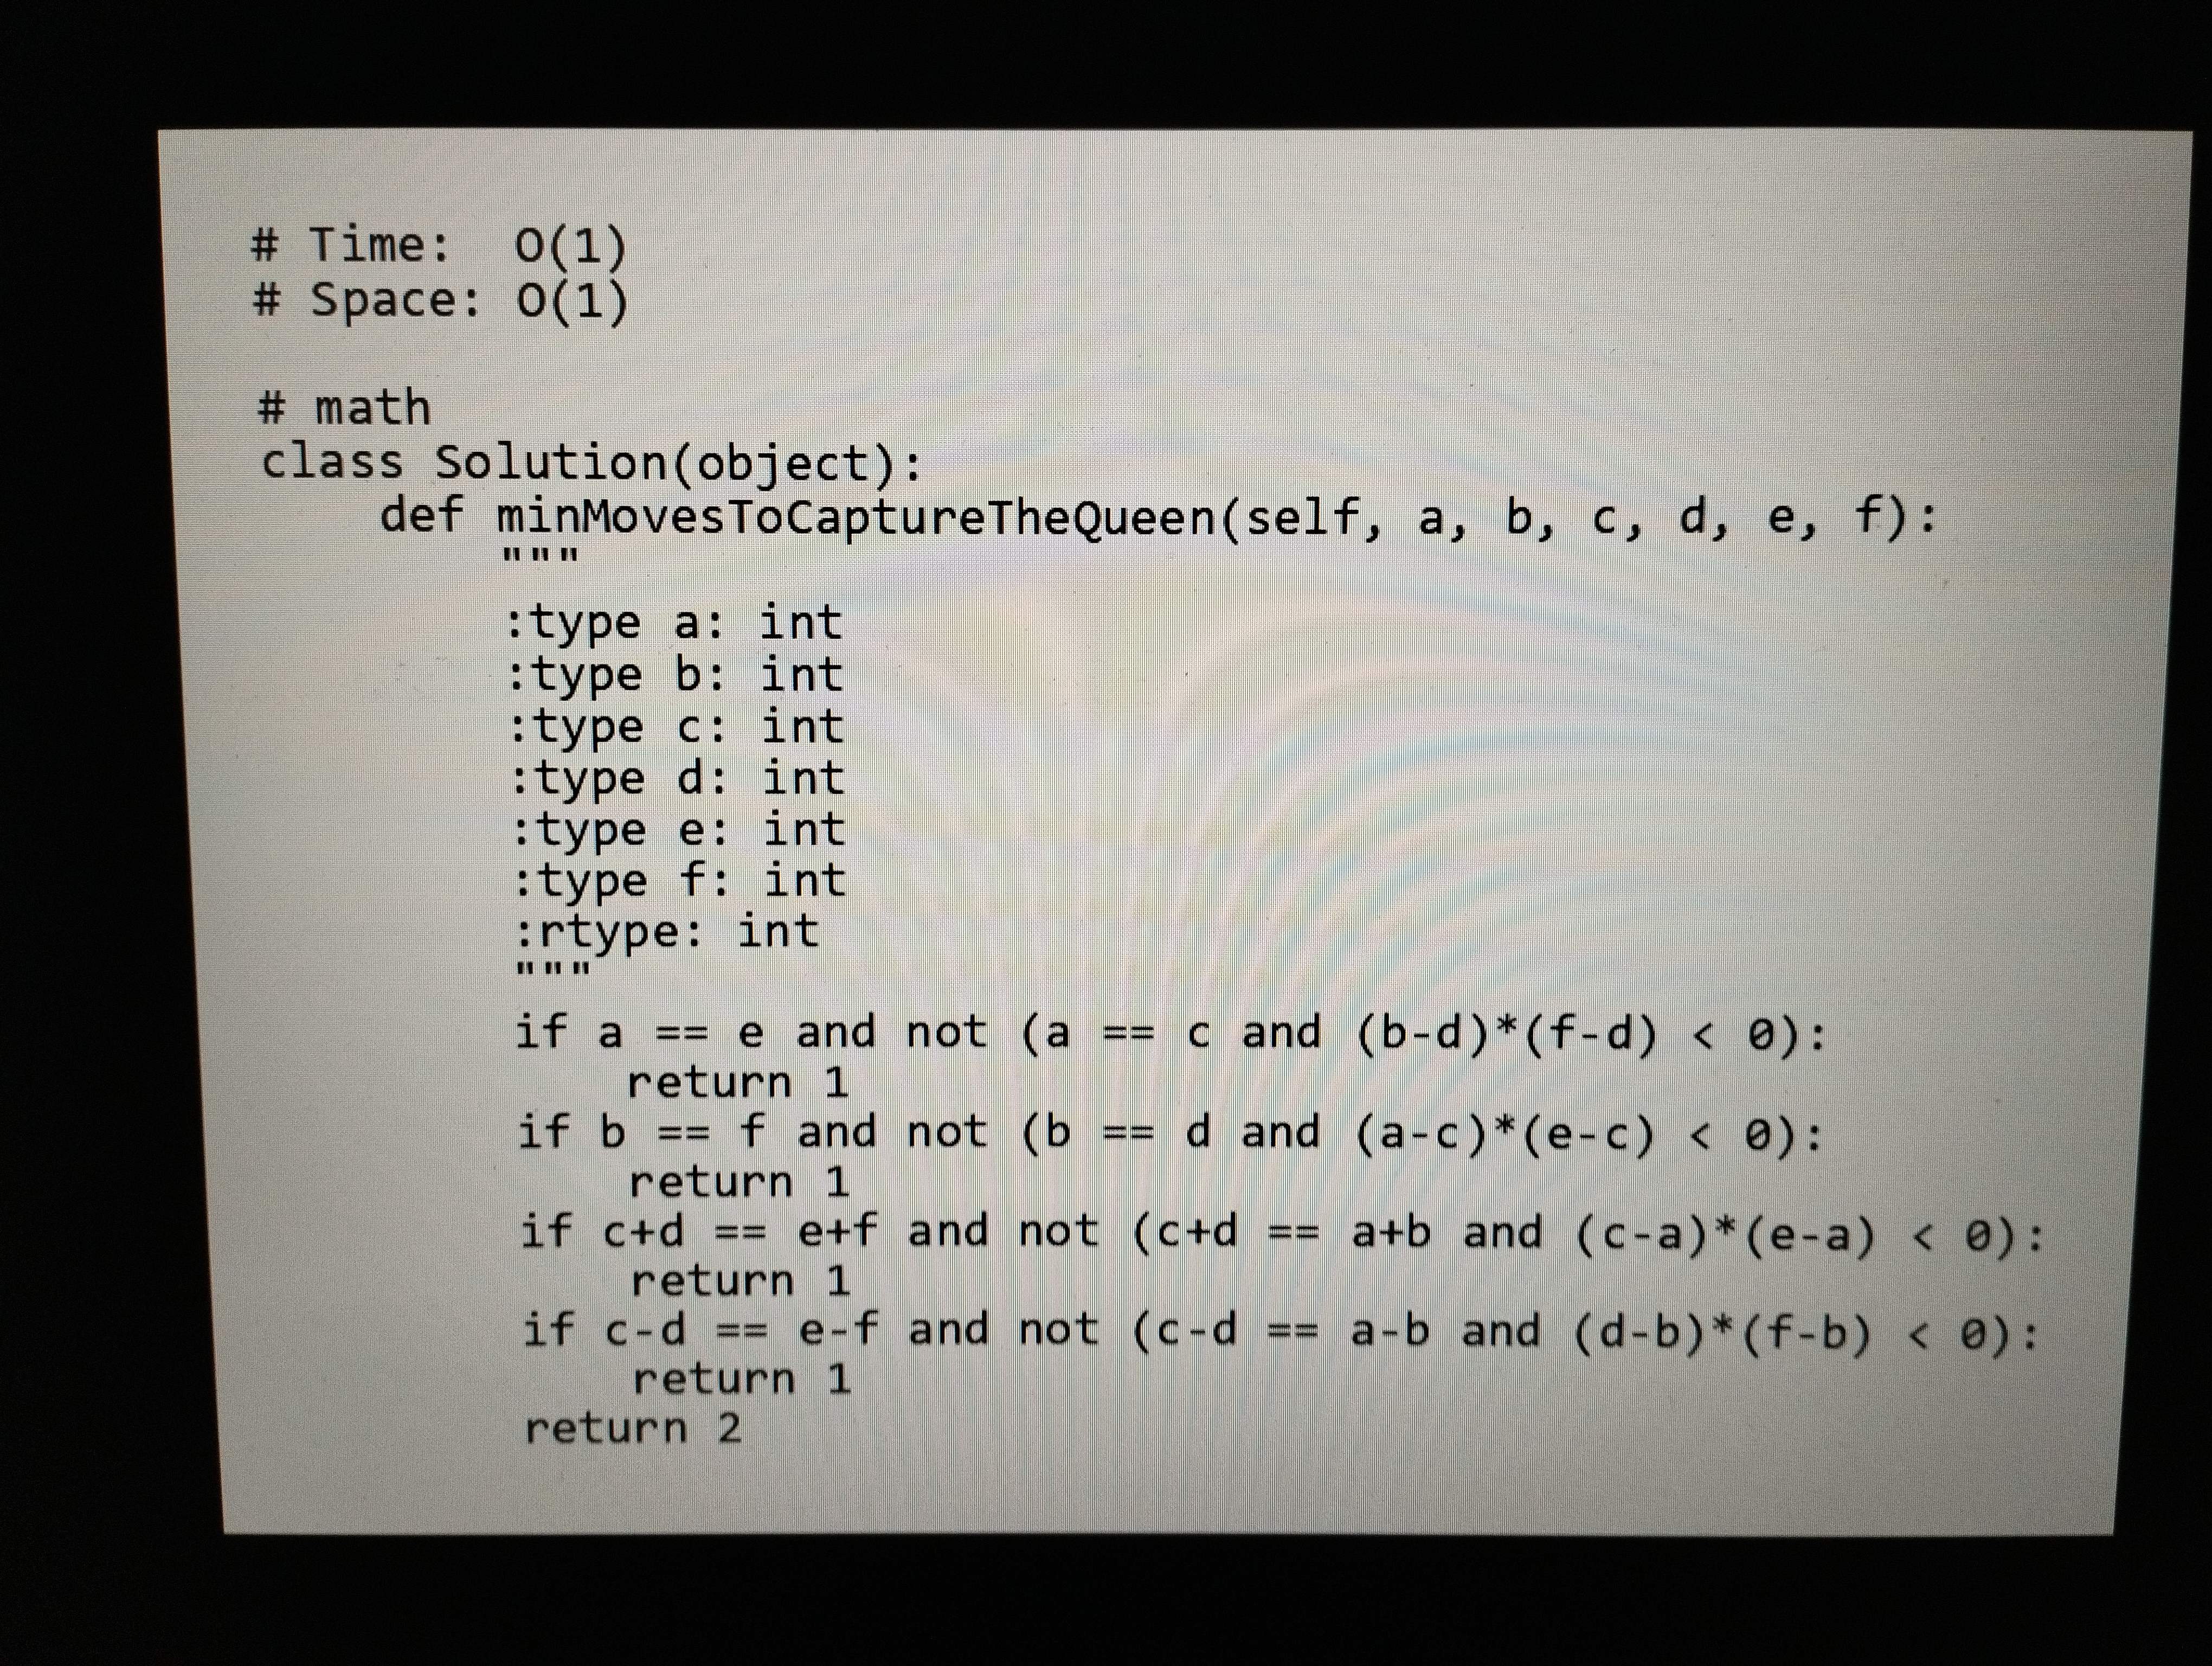
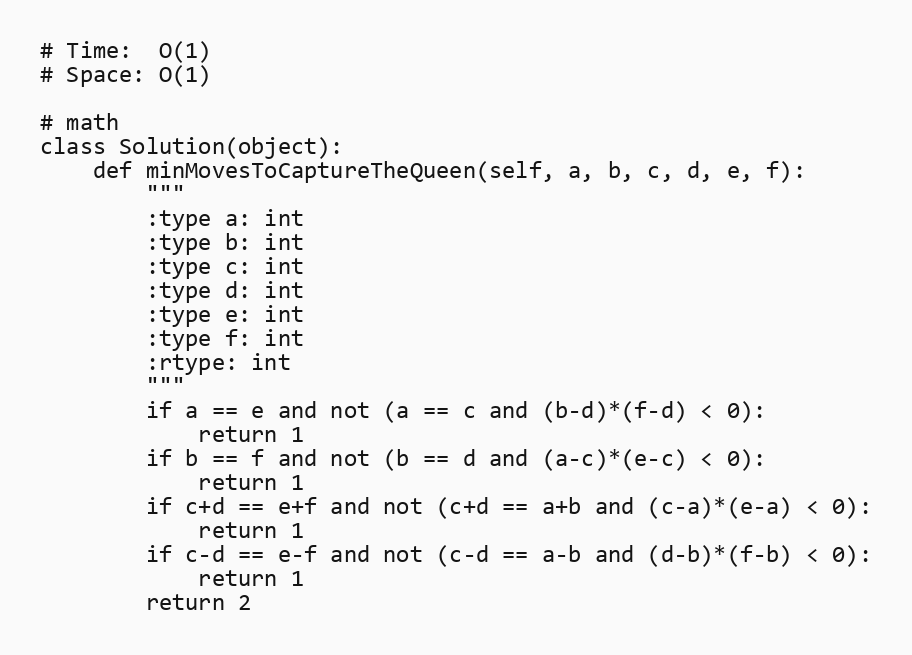
# Time:  O(1)
# Space: O(1)

# math
class Solution(object):
    def minMovesToCaptureTheQueen(self, a, b, c, d, e, f):
        """
        :type a: int
        :type b: int
        :type c: int
        :type d: int
        :type e: int
        :type f: int
        :rtype: int
        """
        if a == e and not (a == c and (b-d)*(f-d) < 0):
            return 1
        if b == f and not (b == d and (a-c)*(e-c) < 0):
            return 1
        if c+d == e+f and not (c+d == a+b and (c-a)*(e-a) < 0):
            return 1
        if c-d == e-f and not (c-d == a-b and (d-b)*(f-b) < 0):
            return 1
        return 2